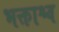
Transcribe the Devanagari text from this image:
भक्ताश्च